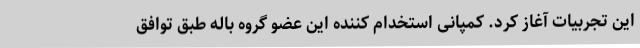
این تجربیات آغاز کرد. کمپانی استخدام کننده این عضو گروه باله طبق توافق